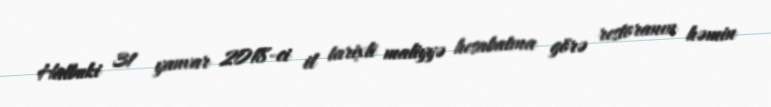
Halbuki 31 yanvar 2018-ci il tarixli maliyyə hesabatına görə restoranın həmin